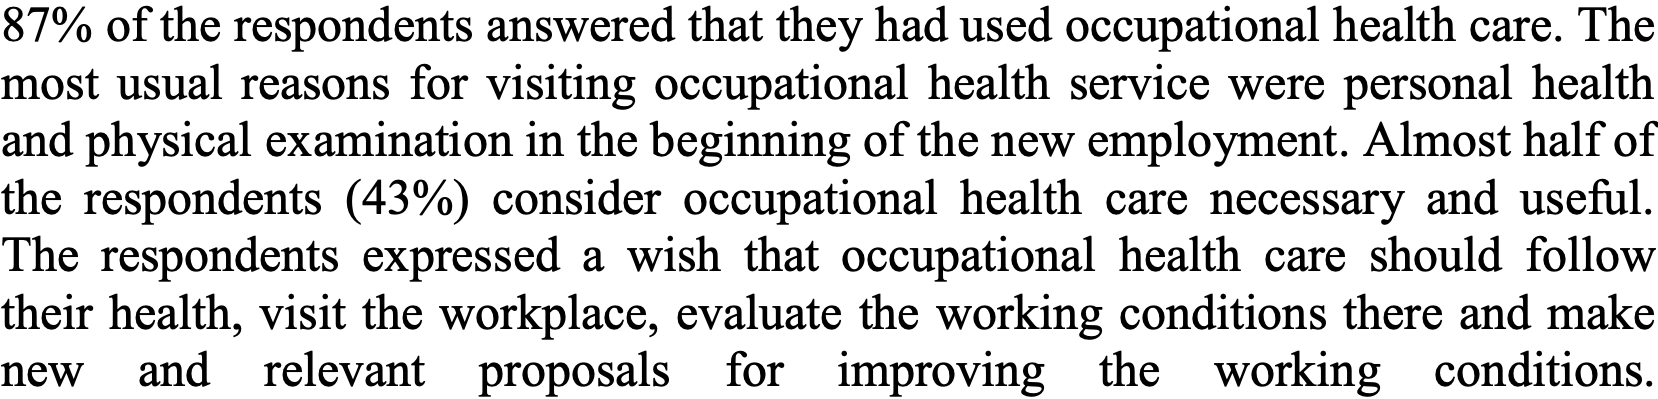
87% of the respondents answered that they had used occupational health care. The most usual reasons for visiting occupational health service were personal health and physical examination in the beginning of the new employment. Almost half of the respondents (43%) consider occupational health care necessary and useful. The respondents expressed a wish that occupational health care should follow their health, visit the workplace, evaluate the working conditions there and make new and relevant proposals for improving the working conditions.